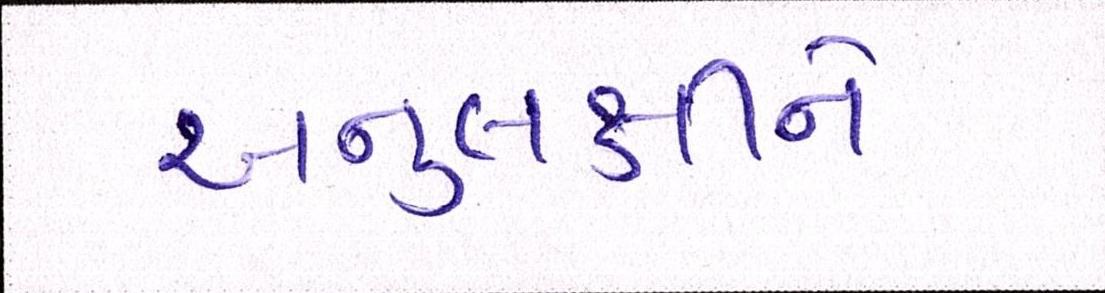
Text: અનુલક્ષીને